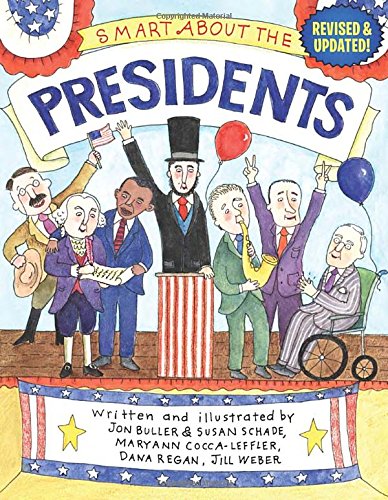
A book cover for Smart About the Presidents (Smart About History); Jon Buller; Children's Books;